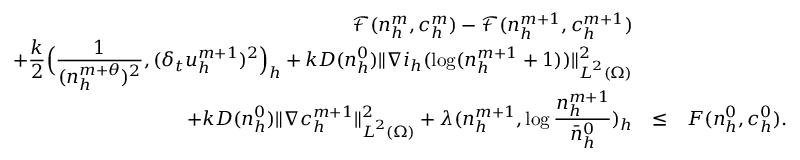
\begin{array} { r c l } { \displaystyle \mathcal { F } ( n _ { h } ^ { m } , c _ { h } ^ { m } ) - \mathcal { F } ( n _ { h } ^ { m + 1 } , c _ { h } ^ { m + 1 } ) } & & \\ { \displaystyle + \frac { k } { 2 } \Big ( \frac { 1 } { ( n _ { h } ^ { m + \theta } ) ^ { 2 } } , ( \delta _ { t } u _ { h } ^ { m + 1 } ) ^ { 2 } \Big ) _ { h } + k D ( n _ { h } ^ { 0 } ) \| \nabla i _ { h } ( \log ( n _ { h } ^ { m + 1 } + 1 ) ) \| _ { { \boldsymbol L } ^ { 2 } ( \Omega ) } ^ { 2 } } & & \\ { \displaystyle + k D ( n _ { h } ^ { 0 } ) \| \nabla c _ { h } ^ { m + 1 } \| _ { { \boldsymbol L } ^ { 2 } ( \Omega ) } ^ { 2 } + \lambda ( n _ { h } ^ { m + 1 } , \log \frac { n _ { h } ^ { m + 1 } } { \bar { n } _ { h } ^ { 0 } } ) _ { h } } & { \le } & { F ( n _ { h } ^ { 0 } , c _ { h } ^ { 0 } ) . } \end{array}